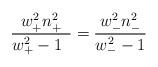
LaTeX: \begin{align*}\frac{w_{+}^2n_{+}^2}{w_{+}^2-1\ \,}=\frac{w_{-}^2n_{-}^2}{w_{-}^2-1}\end{align*}